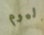
اليوم